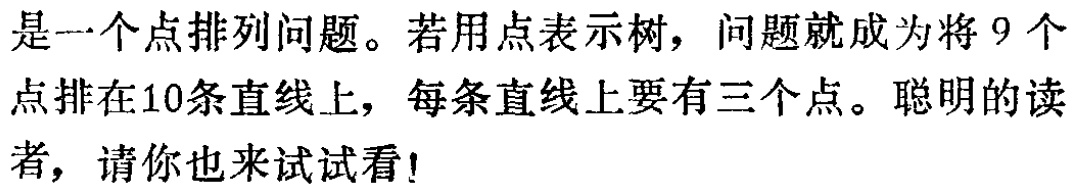
是一个点排列问题。若用点表示树，问题就成为将9个点排在10条直线上，每条直线上要有三个点。聪明的读者，请你也来试试看!